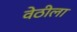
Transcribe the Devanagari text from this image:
वेठीला